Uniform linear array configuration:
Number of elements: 4
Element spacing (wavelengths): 0.5
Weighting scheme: uniform
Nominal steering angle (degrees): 60
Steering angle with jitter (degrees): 59.584
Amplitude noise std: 0.05
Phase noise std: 0.05

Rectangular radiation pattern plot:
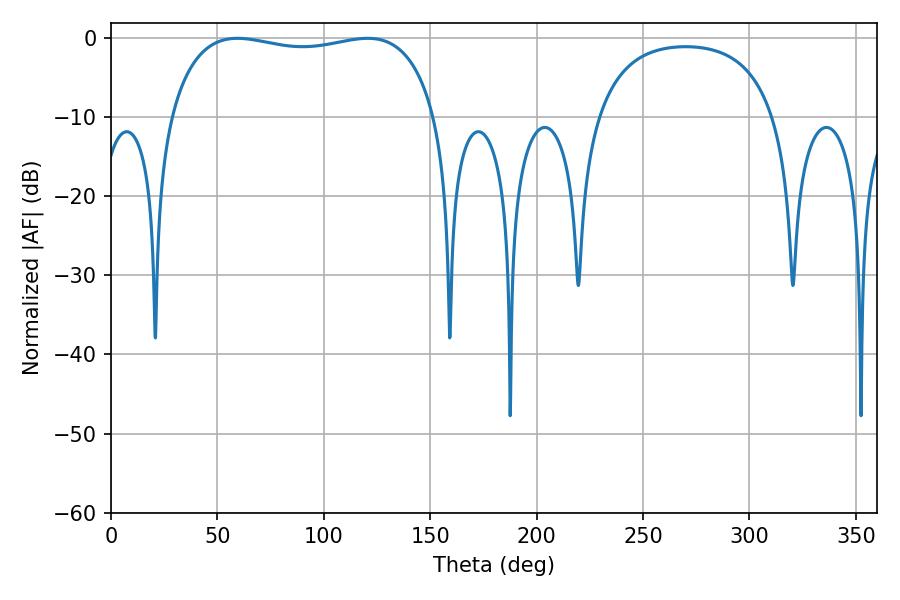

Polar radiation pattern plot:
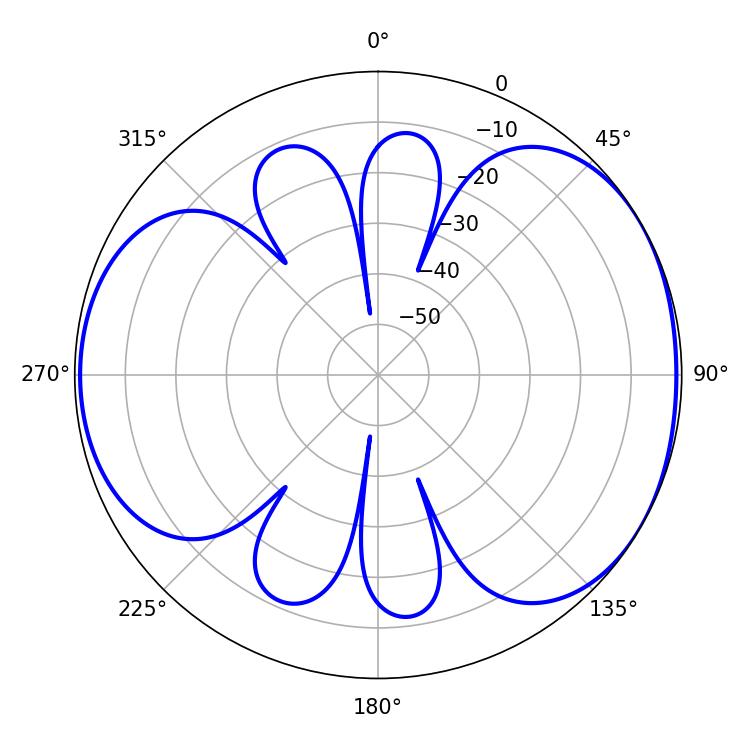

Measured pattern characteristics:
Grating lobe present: FALSE
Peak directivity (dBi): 4.733
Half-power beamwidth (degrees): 101.52
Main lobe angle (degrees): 59.4